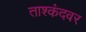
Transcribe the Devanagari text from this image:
ताश्कंदवर